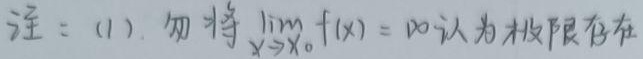
注：(1). 勿将$\lim_{x \to x_0} f(x) = \infty$认为极限存在